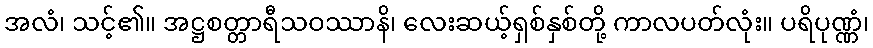
အလံ၊ သင့်၏။ အဋ္ဌစတ္တာရီသဝဿာနိ၊ လေးဆယ့်ရှစ်နှစ်တို့ ကာလပတ်လုံး။ ပရိပုဏ္ဏံ၊